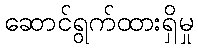
ဆောင်ရွက်ထားရှိမှု